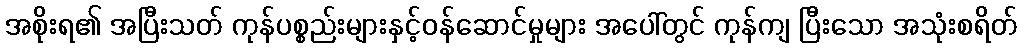
အစိုးရ၏ အပြီးသတ် ကုန်ပစ္စည်းများနှင့်ဝန်ဆောင်မှုများ အပေါ်တွင် ကုန်ကျ ပြီးသော အသုံးစရိတ်